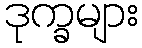
ဒုက္ခများ